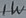
Text: 1W